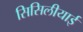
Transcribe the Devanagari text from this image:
सिसिलीयाई